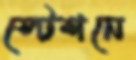
স্টেশনে